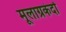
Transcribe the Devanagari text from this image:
मूलाग्रकंदों